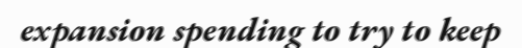
expansion spending to try to keep